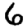
Digit: 6